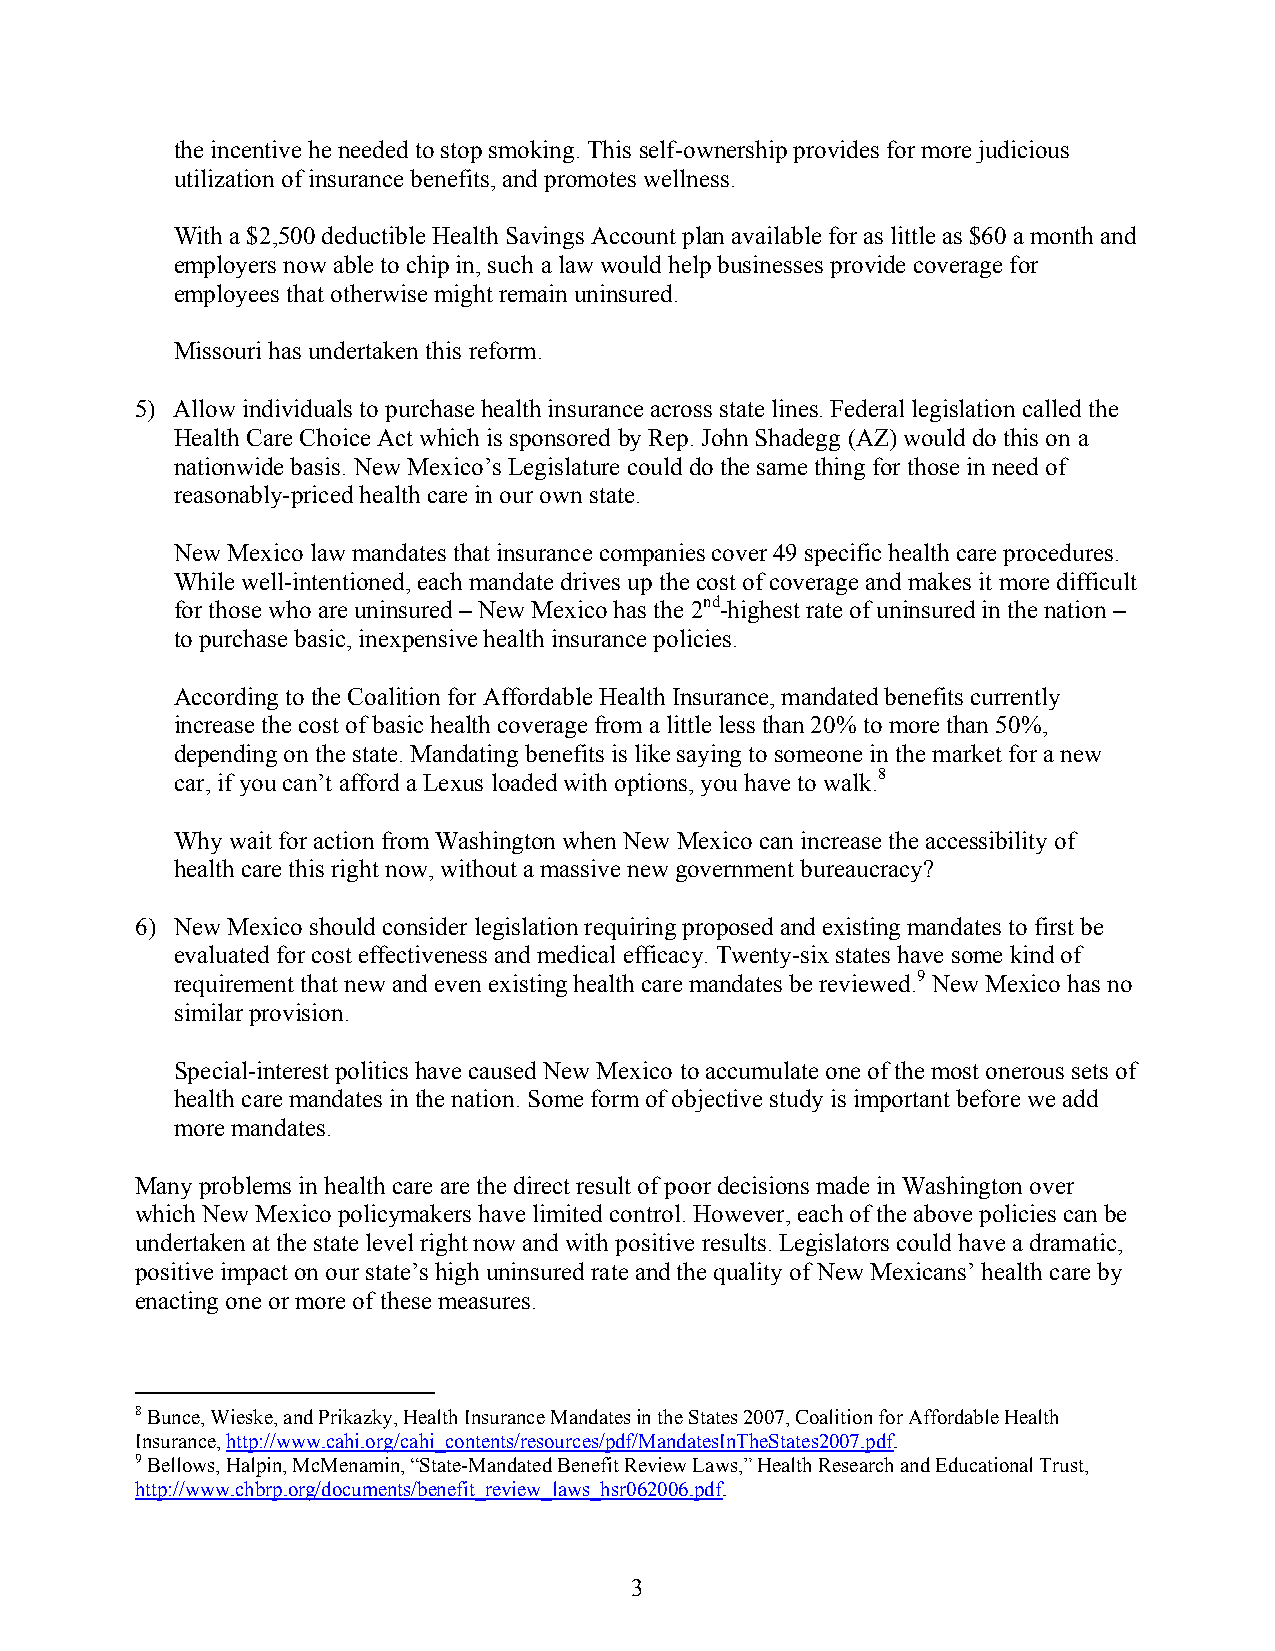
the incentive he needed to stop smoking. This self-ownership provides for more judicious
 utilization of insurance benefits, and promotes wellness.
 With a $2,500 deductible Health Savings Account plan available for as little as $60 a month and
 employers now able to chip in, such a law would help businesses provide coverage for
 employees that otherwise might remain uninsured.
 Missouri has undertaken this reform.
 5) Allow individuals to purchase health insurance across state lines. Federal legislation called the
 Health Care Choice Act which is sponsored by Rep. John Shadegg (AZ) would do this on a
 nationwide basis. New Mexico’s Legislature could do the same thing for those in need of
 reasonably-priced health care in our own state.
 New Mexico law mandates that insurance companies cover 49 specific health care procedures.
 While well-intentioned, each mandate drives up the cost of coverage and makes it more difficult
 for those who are uninsured – New Mexico has the 2nd-highest rate of uninsured in the nation –
 to purchase basic, inexpensive health insurance policies.
 According to the Coalition for Affordable Health Insurance, mandated benefits currently
 increase the cost of basic health coverage from a little less than 20% to more than 50%,
 depending on the state. Mandating benefits is like saying to someone in the market for a new
 car, if you can’t afford a Lexus loaded with options, you have to walk.8
 Why wait for action from Washington when New Mexico can increase the accessibility of
 health care this right now, without a massive new government bureaucracy?
 6) New Mexico should consider legislation requiring proposed and existing mandates to first be
 evaluated for cost effectiveness and medical efficacy. Twenty-six states have some kind of
 requirement that new and even existing health care mandates be reviewed.9 New Mexico has no
 similar provision.
 Special-interest politics have caused New Mexico to accumulate one of the most onerous sets of
 health care mandates in the nation. Some form of objective study is important before we add
 more mandates.
 Many problems in health care are the direct result of poor decisions made in Washington over
 which New Mexico policymakers have limited control. However, each of the above policies can be
 undertaken at the state level right now and with positive results. Legislators could have a dramatic,
 positive impact on our state’s high uninsured rate and the quality of New Mexicans’ health care by
 enacting one or more of these measures.
 8 Bunce, Wieske, and Prikazky, Health Insurance Mandates in the States 2007, Coalition for Affordable Health
 Insurance, http://www.cahi.org/cahi_contents/resources/pdf/MandatesInTheStates2007.pdf.
 9 Bellows, Halpin, McMenamin, “State-Mandated Benefit Review Laws,” Health Research and Educational Trust,
 http://www.chbrp.org/documents/benefit_review_laws_hsr062006.pdf.
 3